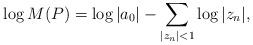
LaTeX: \begin{align*} \log M(P) = \log|a_0| - \sum_{|z_n|<1}\log |z_n|,\end{align*}